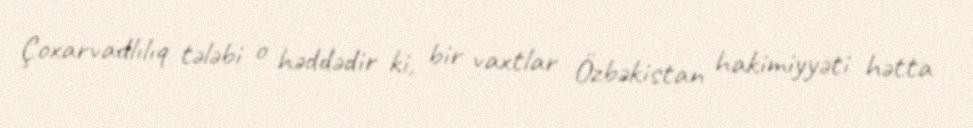
Çoxarvadlılıq tələbi o həddədir ki, bir vaxtlar Özbəkistan hakimiyyəti hətta